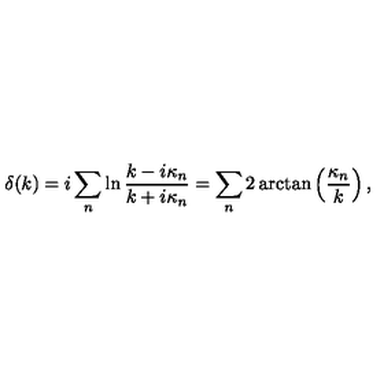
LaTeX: \delta ( k ) = i \sum _ { n } \ln \frac { k - i \kappa _ { n } } { k + i \kappa _ { n } } = \sum _ { n } 2 \arctan \left( \frac { \kappa _ { n } } k \right) ,